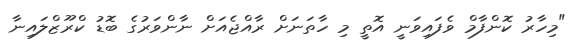
"މިހާރު ކޮންފާމް ވެފައިވަނީ އޮތީ މި ހާތަނަށް ރާއްޖެއަށް ނާންވަރުގެ ބޮޑު ކްރޫޒްލައިނާ